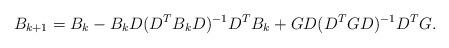
LaTeX: \begin{align*}B_{k+1} = B_k - B_kD(D^TB_kD)^{-1}D^TB_k + G D(D^TGD)^{-1}D^TG.\end{align*}